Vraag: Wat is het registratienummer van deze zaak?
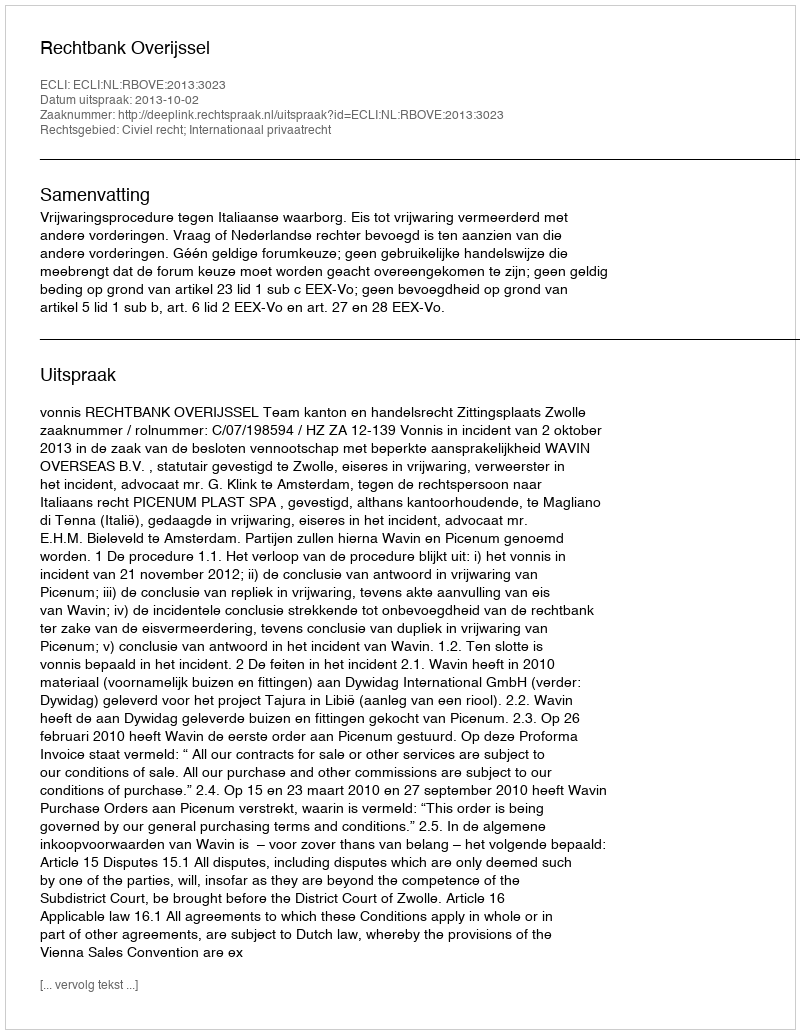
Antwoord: http://deeplink.rechtspraak.nl/uitspraak?id=ECLI:NL:RBOVE:2013:3023